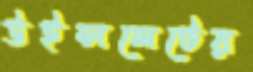
উইন্সলেটের